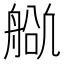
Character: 𬜕